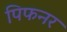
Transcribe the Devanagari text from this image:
पिफनर